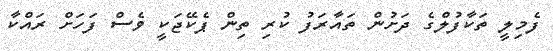
ފެމިލީ ތަކާފުލްގެ ދަށުން ތައާރަފު ކުރި ތިން ޕެކޭޖަކީ ވެސް ފަހަށް ރައްކާ